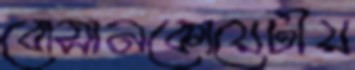
বোসানকোয়েটীয়